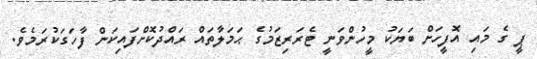
ޕީ ގެ މައި އޮފީހަށް ބަޔަކު މީހުންވަނީ ޓެރަރިޒަމުގެ ޙަމަލާތައް ރައްދުކޮށްފައިކަން ފާހަގަކުރަމެވެ.